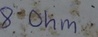
Text: 8Ohm